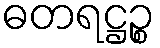
ဓတရဋ္ဌဉ္စ